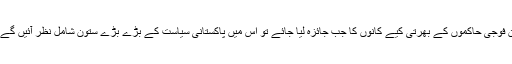
ان فوجی حاکموں کے بھرتی کیے کانوں کا جب جائزہ لیا جائے تو اس میں پاکستانی سیاست کے بڑے بڑے ستون شامل نظر آئیں گے ۔